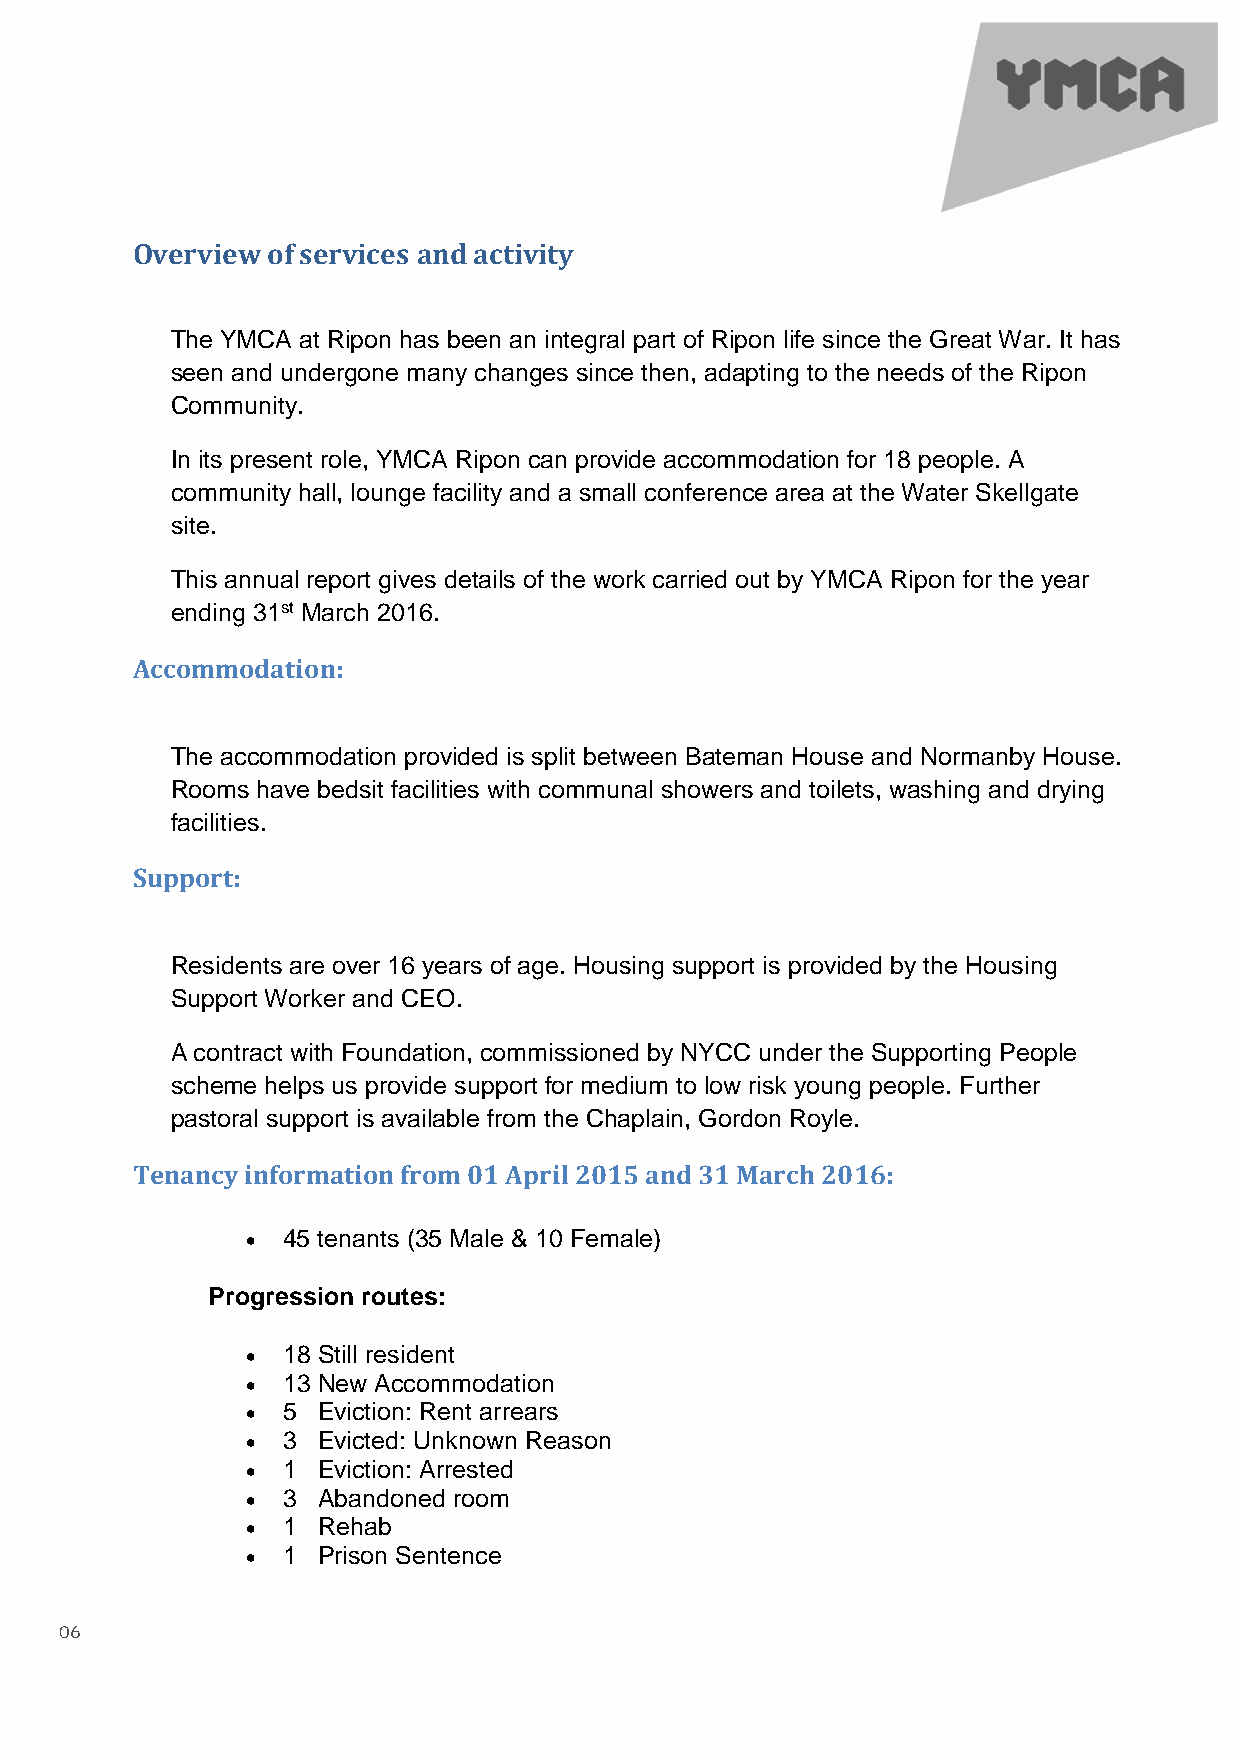
Overview of services and activity
 The YMCA at Ripon has been an integral part of Ripon life since the Great War. It has
 seen and undergone many changes since then, adapting to the needs of the Ripon
 Community.
 In its present role, YMCA Ripon can provide accommodation for 18 people. A
 community hall, lounge facility and a small conference area at the Water Skellgate
 site.
 This annual report gives details of the work carried out by YMCA Ripon for the year
 ending 31st March 2016.
 Accommodation:
 The accommodation provided is split between Bateman House and Normanby House.
 Rooms have bedsit facilities with communal showers and toilets, washing and drying
 facilities.
 Support:
 Residents are over 16 years of age. Housing support is provided by the Housing
 Support Worker and CEO.
 A contract with Foundation, commissioned by NYCC under the Supporting People
 scheme helps us provide support for medium to low risk young people. Further
 pastoral support is available from the Chaplain, Gordon Royle.
 Tenancy information from 01 April 2015 and 31 March 2016:
 •  45 tenants (35 Male & 10 Female)
 Progression routes:
 •  18 Still resident
 •  13 New Accommodation
 •  5 Eviction: Rent arrears
 •  3 Evicted: Unknown Reason
 •  1 Eviction: Arrested
 •  3 Abandoned room
 •  1 Rehab
 •  1 Prison Sentence
 06